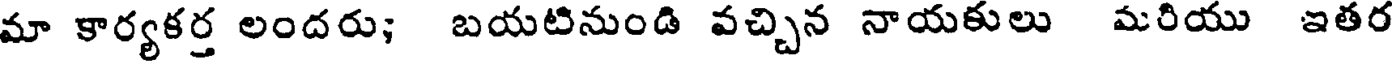
మా కార్యకర్త లందరు; బయటినుండి వచ్చిన నాయకులు మరియు ఇతర